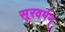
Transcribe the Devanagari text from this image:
सूरवर्मन्